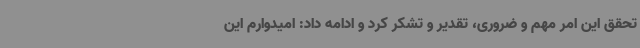
تحقق این امر مهم و ضروری، تقدیر و تشکر کرد و ادامه داد: امیدوارم این